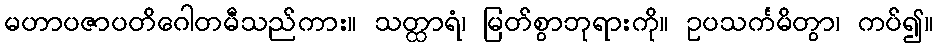
မဟာပဇာပတိဂေါတမီသည်ကား။ သတ္ထာရံ၊ မြတ်စွာဘုရားကို။ ဥပသင်္ကမိတွာ၊ ကပ်၍။